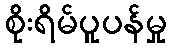
စိုးရိမ်ပူပန်မှု